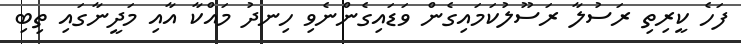
ފަހެ ކީރިތި ރަސުލާ ރަސޫލުކަމައިގެން ވަޑައިގެންނެވި ހިނދު މައްކާ އާއި މަދީނާގައި ތިބި